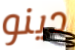
دينو